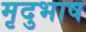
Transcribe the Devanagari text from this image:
मृदुभाष